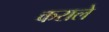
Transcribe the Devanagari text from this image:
कराले